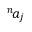
^ n \! a _ { j }